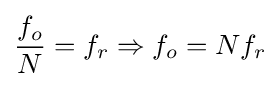
{\frac {f_{o}}{N}}=f_{r}\Rightarrow f_{o}=Nf_{r}